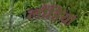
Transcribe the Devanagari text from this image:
लौंडिया